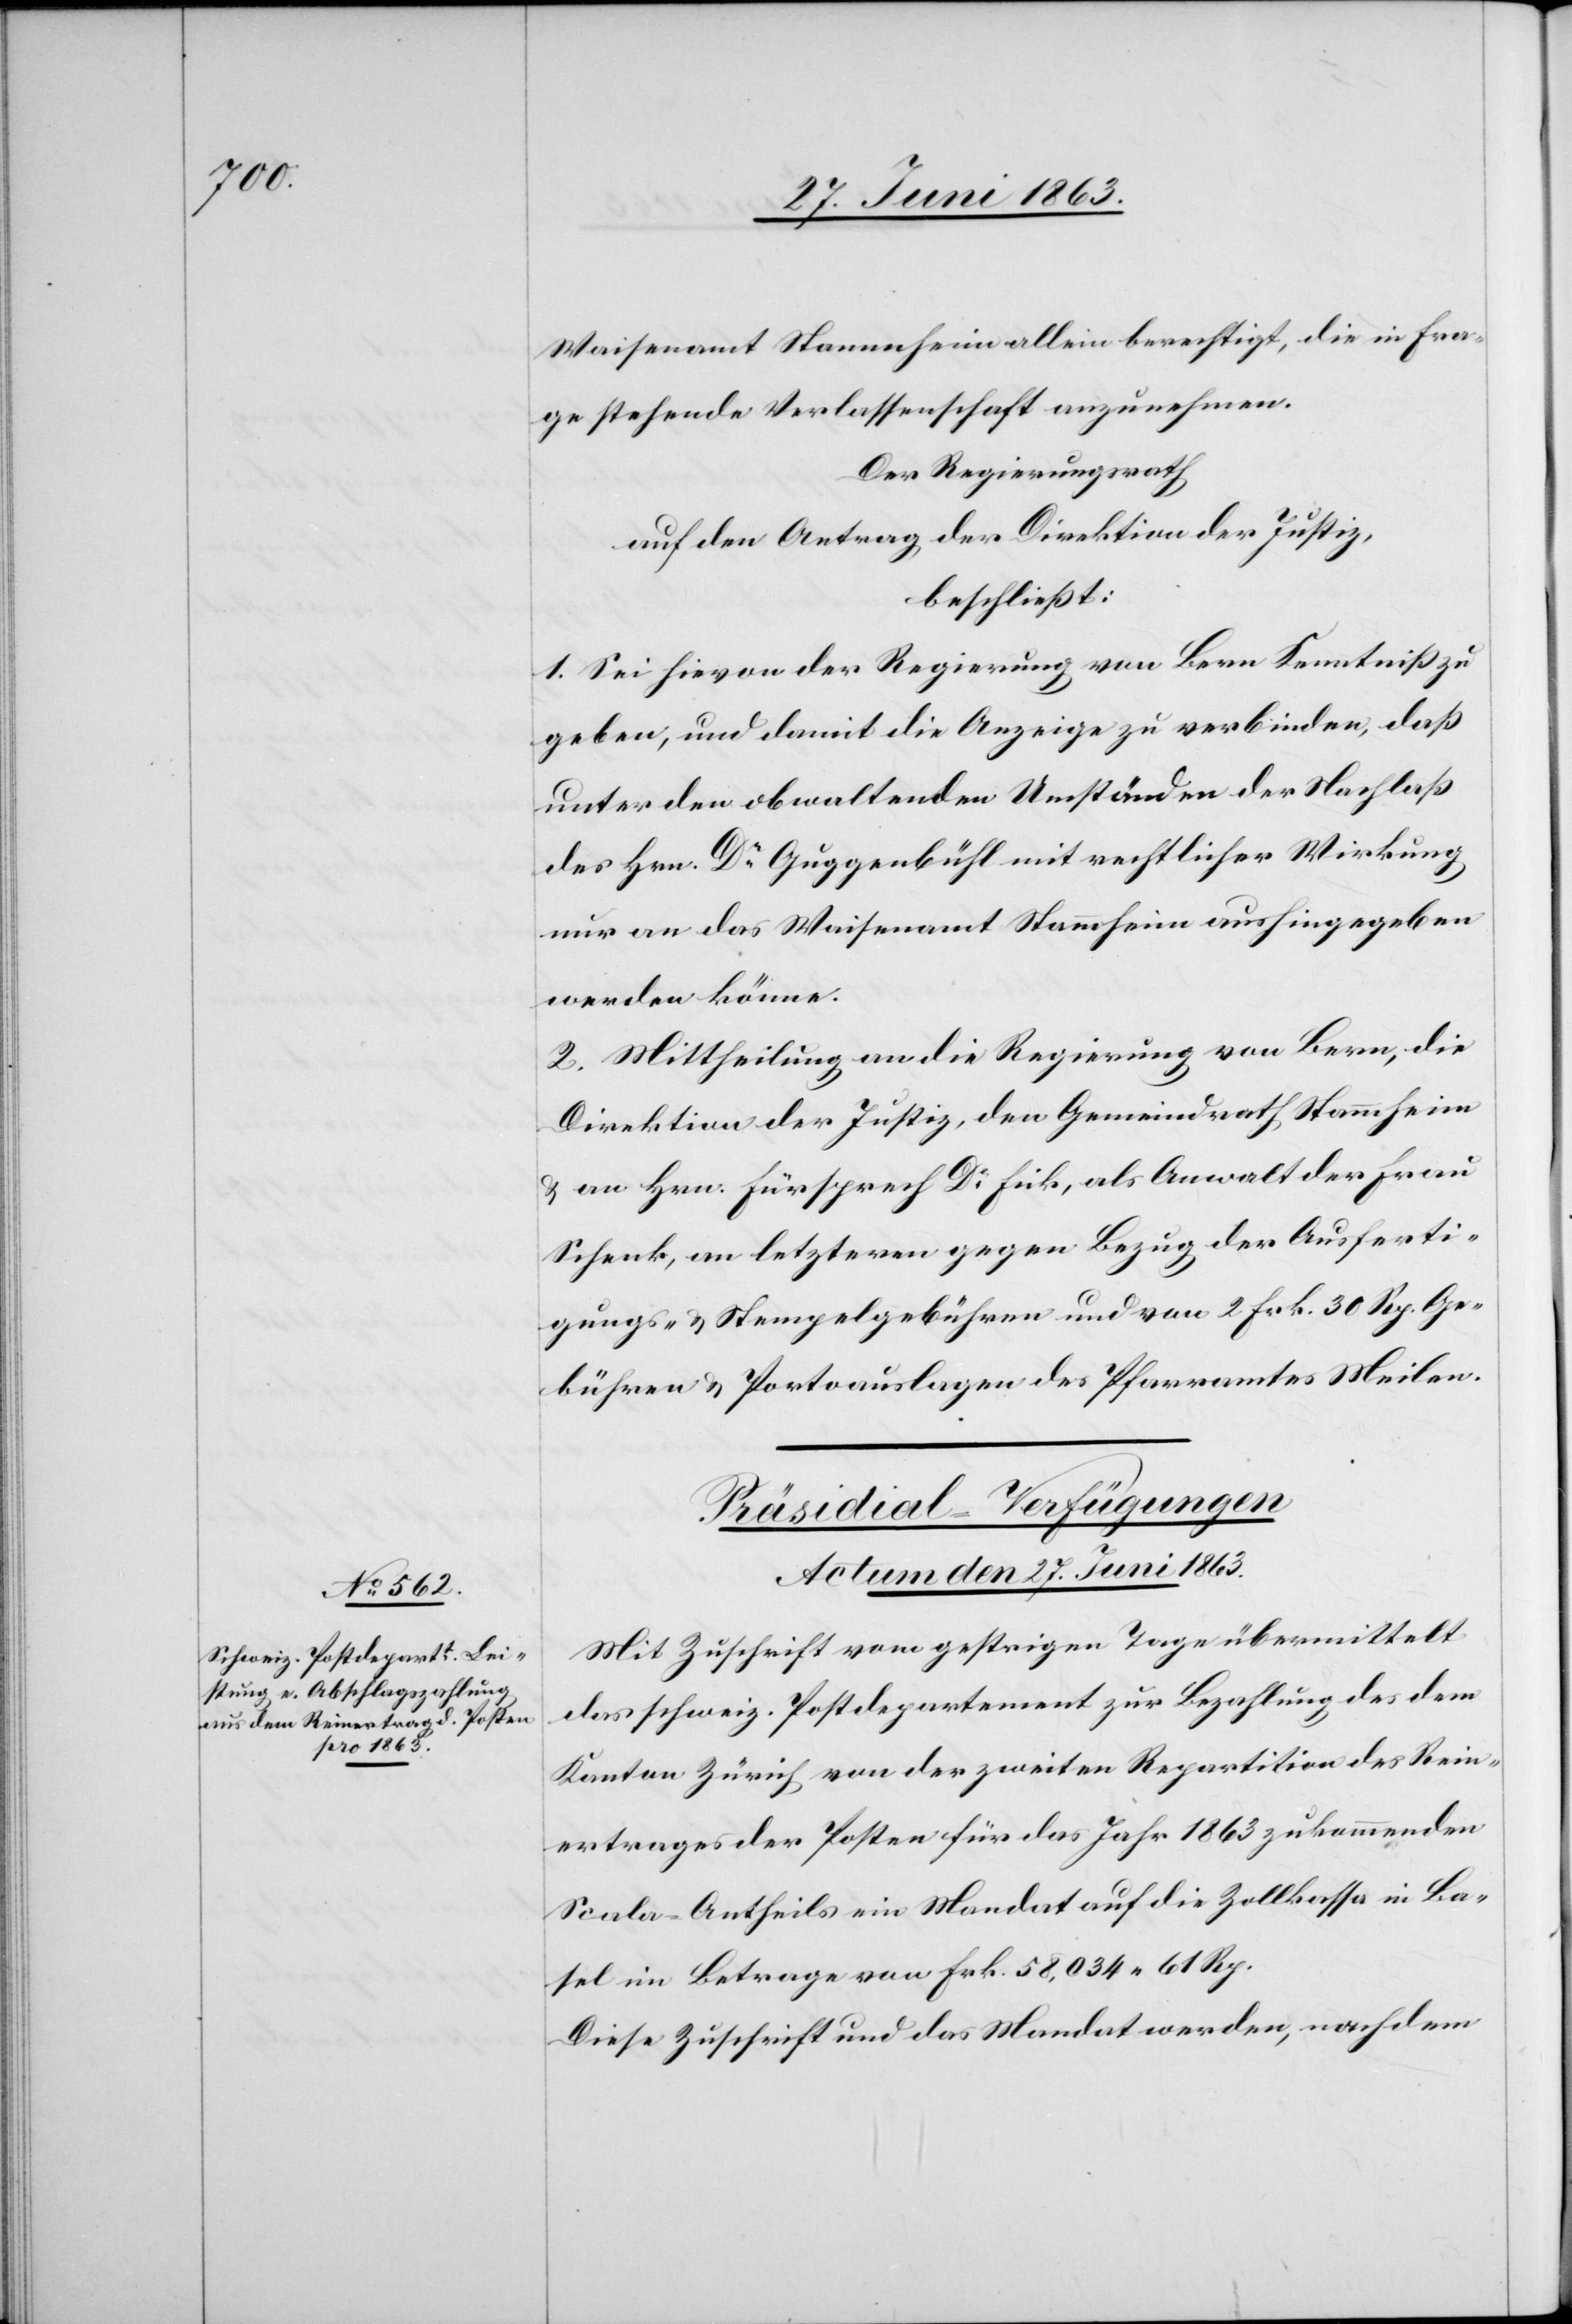
Waisenamt Stammheim allein berechtigt, die in Fra¬
ge stehende Verlassenschaft anzunehmen.
Der Regierungsrath
auf den Antrag der Direktion der Justiz,
beschließt:
1. Sei hievon der Regierung von Bern Kenntniß zu
geben, und damit die Anzeige zu verbinden, daß
unter den obwaltenden Umständen der Nachlaß
des Hrn. Dr Guggenbühl mit rechtlicher Wirkung
nur an das Waisenamt Stammheim aushingegeben
werden könne.
2. Mittheilung an die Regierung von Bern, die
Direktion der Justiz, den Gemeindrath Stammheim
& an Hrn. Fürsprech Dr Fick, als Anwalt der Frau
Schenk, an letzteren gegen Bezug der Ausferti¬
gungs- & Stempelgebühren und von 2 Frk. 30 Rp. Ge¬
bühren & Portoauslagen des Pfarramtes Meilen.
Präsidial-Verfügungen
Actum den 27. Juni 1863.
Mit Zuschrift vom gestrigen Tage übermittelt
das schweiz. Postdepartement zur Bezahlung des dem
Kanton Zürich von der zweiten Repartition des Rein¬
ertrages der Posten für das Jahr 1863 zukommenden
Scala-Antheils ein Mandat auf die Zollkassa in Ba¬
sel im Betrage von Frk. 58,034. 61 Rp.
Diese Zuschrift und das Mandat werden, nachdem